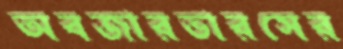
অবজারভারসের